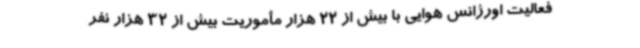
فعالیت اورژانس هوایی با بیش از 22 هزار مأموریت بیش از 32 هزار نفر